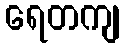
ရေတကျ